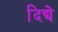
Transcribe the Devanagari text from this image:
दिद्ये